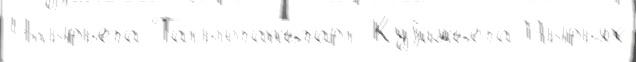
Ч́пырьега Татьюганъ́гарт Куjимъега Пырьях